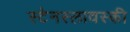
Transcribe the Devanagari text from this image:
स्टेनस्लावस्की